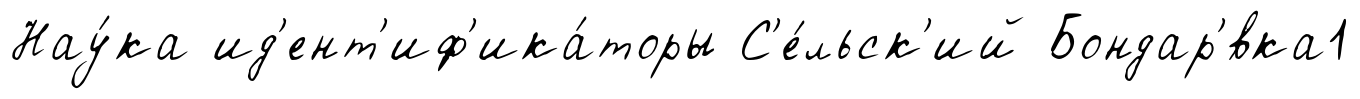
Нау́ка ид'ент'иф'ика́торы С'е́льск'ий Бондар'́вка1